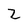
Character: 2